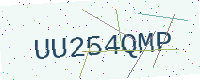
Text: UU254QMP